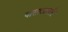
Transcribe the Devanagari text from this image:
पासाडावरि